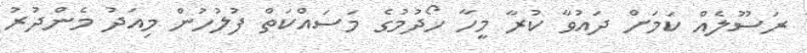
ރަސޫލެއް ކަމަށް ދައުވާ ކުރާ މީހާ ހޯދުމުގެ މަސައްކަތް ފުލުހުން މިއަދު މެންދުރު